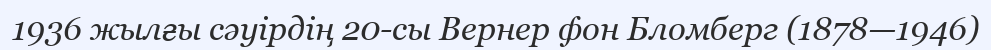
1936 жылғы сәуірдің 20-сы Вернер фон Бломберг (1878—1946)